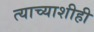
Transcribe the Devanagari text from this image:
त्याच्याशीही